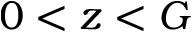
0 < z < G